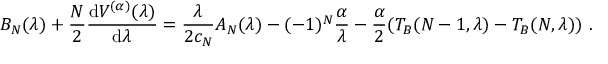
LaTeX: \! \! \! \! \! \! \! \! B _ { N } ( \lambda ) + \frac { N } { 2 } \frac { \mathrm { d } V ^ { ( \alpha ) } ( \lambda ) } { \mathrm { d } \lambda } = \frac { \lambda } { 2 c _ { N } } A _ { N } ( \lambda ) - ( - 1 ) ^ { N } \frac { \alpha } { \lambda } - \frac { \alpha } { 2 } ( T _ { B } ( N - 1 , \lambda ) - T _ { B } ( N , \lambda ) ) \ .